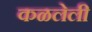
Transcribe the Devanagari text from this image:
कळलेली